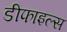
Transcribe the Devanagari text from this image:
डीफाइल्स